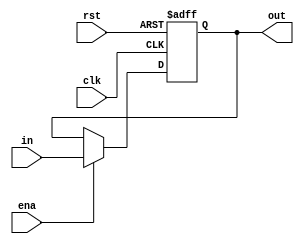
`timescale 1ns / 1ps
//////////////////////////////////////////////////////////////////////////////////
module accum( in, out, ena, clk, rst); // a register, to storage result after computing
input clk,rst,ena;
input [7:0] in;
output reg [7:0] out;

always @(posedge clk or negedge rst) begin	
	if(!rst) out <= 8'd0;
	else begin
		if(ena)	out <= in;
		else	out <= out;
	end
end

endmodule